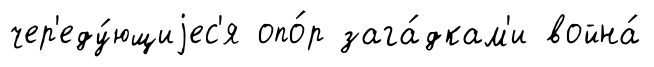
чер'еду́ющиjес'я опо́р зага́дкам'и война́